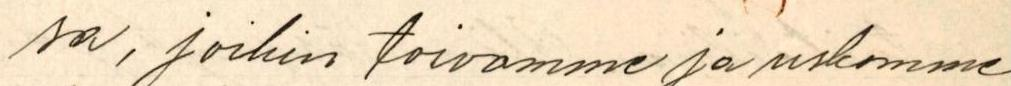
sa, joihin toivomme ja uskomme